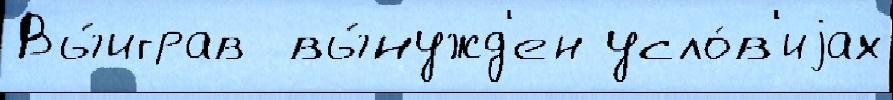
Вы́играв  вы́нужд'ен усло́в'иjах